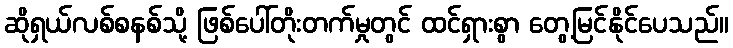
ဆိုရှယ်လစ်စနစ်သို့ ဖြစ်ပေါ်တိုးတက်မှုတွင် ထင်ရှားစွာ တွေ့မြင်နိုင်ပေသည်။